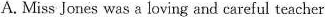
A. Miss Jones was a loving and careful teacher